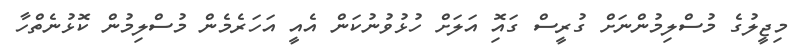
މިޖީލުގެ މުސްލިމުންނަށް ގުރީސް ގައިޮ އަލަށް ހުޅުވުނުކަން އެއީ އަހަރެމެން މުސްލިމުން ކޮޅުނެތްހާ